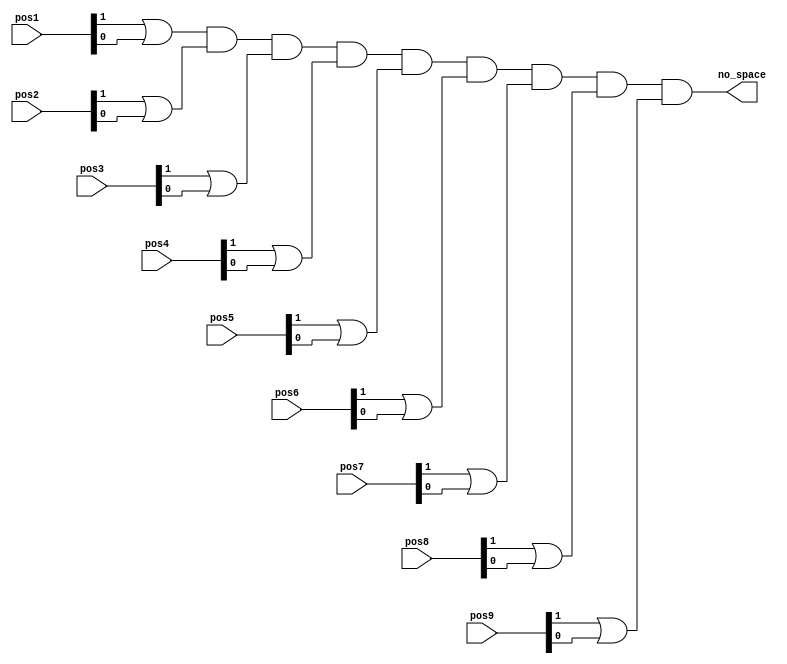
module nospace_detector(
   input [1:0] pos1,pos2,pos3,pos4,pos5,pos6,pos7,pos8,pos9, 
   output wire no_space
    );
wire temp1,temp2,temp3,temp4,temp5,temp6,temp7,temp8,temp9;

assign temp1 = pos1[1] | pos1[0];
assign temp2 = pos2[1] | pos2[0];
assign temp3 = pos3[1] | pos3[0];
assign temp4 = pos4[1] | pos4[0];
assign temp5 = pos5[1] | pos5[0];
assign temp6 = pos6[1] | pos6[0];
assign temp7 = pos7[1] | pos7[0];
assign temp8 = pos8[1] | pos8[0];
assign temp9 = pos9[1] | pos9[0];

assign no_space =((((((((temp1 & temp2) & temp3) & temp4) & temp5) & temp6) & temp7) & temp8) & temp9);
endmodule